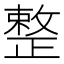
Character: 整